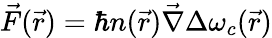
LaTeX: \vec{F}(\vec{r})=\hbar n(\vec{r})\vec{\nabla}\Delta\omega_{c}(\vec{r})